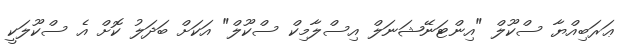
ޢަރަބިއްޔާ ސްކޫލް "އިންޓަނޭޝަނަލް އިސްލާމިކް ސްކޫލް" އަކަށް ބަދަލު ކޮށް އެ ސްކޫލަކީ